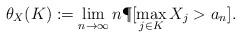
LaTeX: \begin{align*}\theta_X(K):= \lim_{n\to\infty} n\P[\max_{j\in K} X_j > a_n]. \end{align*}